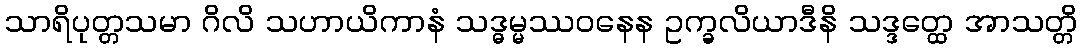
သာရိပုတ္တသမာ ဂိလိ သဟာယိကာနံ သဒ္ဓမ္မဿဝနေန ဥက္ခလိယာဒီနိ သဒ္ဒတ္ထေ အာသတ္တိ